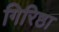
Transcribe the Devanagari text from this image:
गिरिष्ठा